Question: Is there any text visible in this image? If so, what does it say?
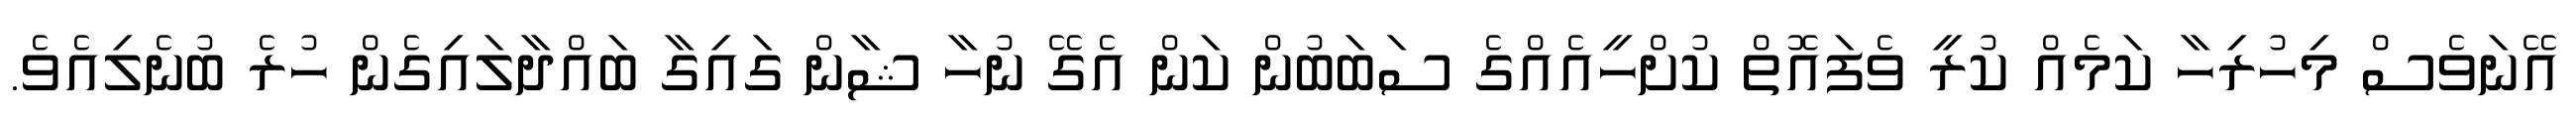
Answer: އޭނަވެސް މިހުރިހާ ކަމެއް ކުރީ ވެފައޮތް ކުށްހީއެއްގެ ސަބަބުން ކަން އެގޭ ނުހާ ޝާން ގައިގާ ބައްދާލައިގެން ހުރެ ބުނެލިއެވެ.